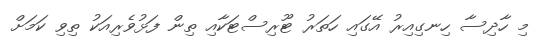
މި ހާދިސާ ހިނގިއިރު އޭގައި ހަތަރު ޓޫރިސްޓަކާއި ތިން ފަޅުވެރިއަކު ތިވި ކަމަށް